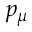
p _ { \mu }